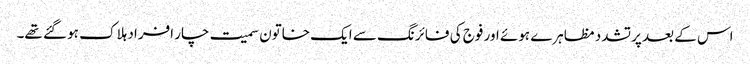
اس کے بعد پرتشدد مظاہرے ہوئے اور فوج کی فائرنگ سے ایک خاتون سمیت چار افراد ہلاک ہو گئے تھے۔